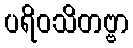
ပရိဝသိတဗ္ဗာ